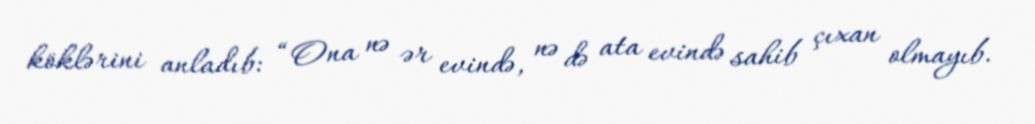
köklərini anladıb: “Ona nə ər evində, nə də ata evində sahib çıxan olmayıb.